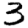
Digit: 3